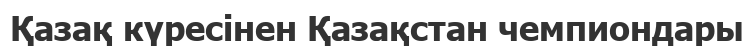
Қазақ күресінен Қазақстан чемпиондары